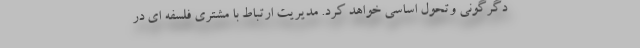
دگرگونی وتحول اساسی خواهد کرد. مدیریت ارتباط با مشتری فلسفه ای در